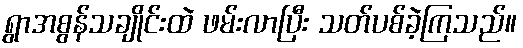
ရွာအစွန်သချိုင်းထဲ ဖမ်းလာပြီး သတ်ပစ်ခဲ့ကြသည်။